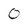
Character: 0